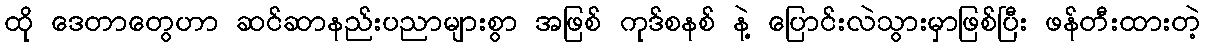
ထို ဒေတာတွေဟာ ဆင်ဆာနည်းပညာများစွာ အဖြစ် ကုဒ်စနစ် နဲ့ ပြောင်းလဲသွားမှာဖြစ်ပြီး ဖန်တီးထားတဲ့